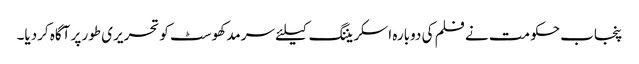
پنجاب حکومت نے فلم کی دوبارہ اسکریننگ کیلئے سرمد کھوسٹ کو تحریری طور پر آگاہ کردیا۔